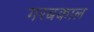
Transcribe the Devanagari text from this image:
गरबकाल